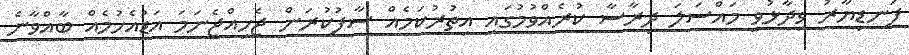
ފަނޑިޔާރު ވިދާޅުވީ މައްސަލަ ދިރާސާ ކުރެއްވުމުގައި އިތުރުކަމެއް ސާފުކުރަން ޖެހިއްޖެނަމަ އަޑުއެހުމެއް ބާއްވާނެ